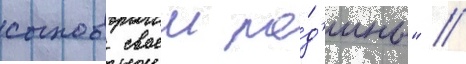
сынов своеи ро́д'ины" //